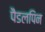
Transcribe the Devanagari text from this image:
पैडलपिन